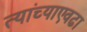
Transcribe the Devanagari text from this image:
त्यांच्याएवढा